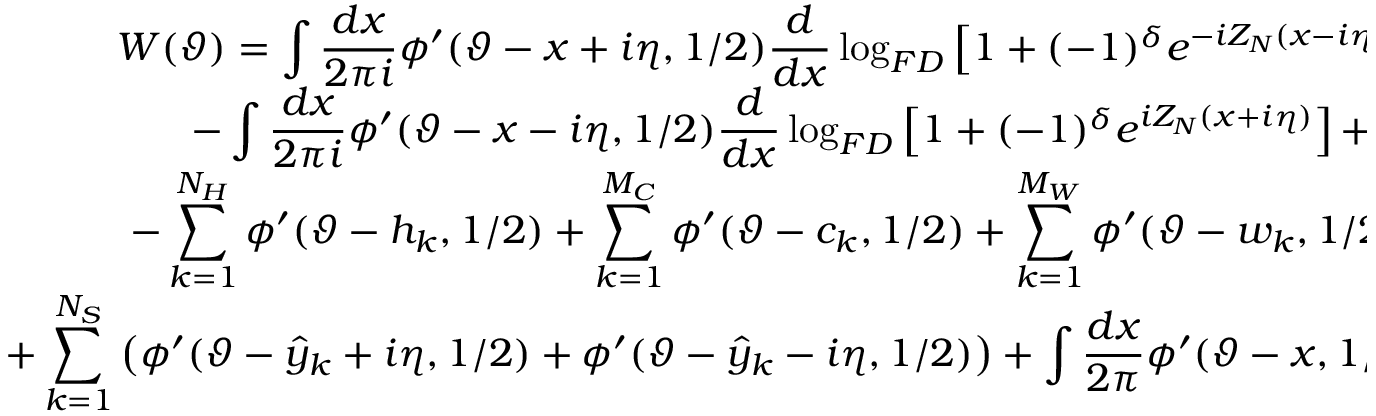
\begin{array} { c } { { \displaystyle W ( \vartheta ) = \displaystyle \int \displaystyle \frac { d x } { 2 \pi i } \phi ^ { \prime } ( \vartheta - x + i \eta , 1 / 2 ) \displaystyle \frac { d } { d x } \log _ { F D } \left[ 1 + ( - 1 ) ^ { \delta } e ^ { - i Z _ { N } ( x - i \eta ) } \right] + } } \\ { { - \displaystyle \int \displaystyle \frac { d x } { 2 \pi i } \phi ^ { \prime } ( \vartheta - x - i \eta , 1 / 2 ) \displaystyle \frac { d } { d x } \log _ { F D } \left[ 1 + ( - 1 ) ^ { \delta } e ^ { i Z _ { N } ( x + i \eta ) } \right] + } } \\ { { - \displaystyle \sum _ { k = 1 } ^ { N _ { H } } \phi ^ { \prime } ( \vartheta - h _ { k } , 1 / 2 ) + \displaystyle \sum _ { k = 1 } ^ { M _ { C } } \phi ^ { \prime } ( \vartheta - c _ { k } , 1 / 2 ) + \displaystyle \sum _ { k = 1 } ^ { M _ { W } } \phi ^ { \prime } ( \vartheta - w _ { k } , 1 / 2 ) + } } \\ { { + \displaystyle \sum _ { k = 1 } ^ { N _ { S } } \left( \phi ^ { \prime } ( \vartheta - \hat { y } _ { k } + i \eta , 1 / 2 ) + \phi ^ { \prime } ( \vartheta - \hat { y } _ { k } - i \eta , 1 / 2 ) \right) + \displaystyle \int \displaystyle \frac { d x } { 2 \pi } \phi ^ { \prime } ( \vartheta - x , 1 / 2 ) \, Z _ { N } ^ { \prime } ( x ) . } } \end{array}